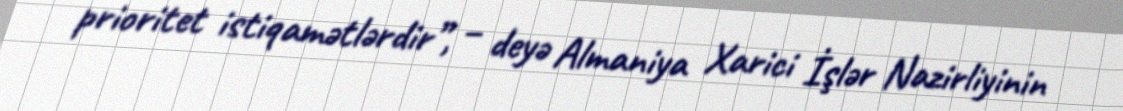
prioritet istiqamətlərdir”, – deyə Almaniya Xarici İşlər Nazirliyinin